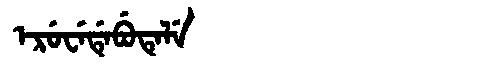
Manchu: ᡝᡵᡠᠸᡝᡩᡝᠪᡠᡨᡝᠯᡝ
Romanization: ERUWEDEBUTELE